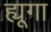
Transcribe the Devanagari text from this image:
ह्यूगा